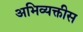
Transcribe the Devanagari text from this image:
अभिव्यक्तीस